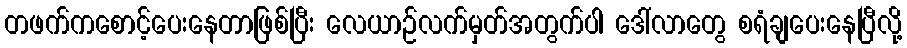
တဖက်ကစောင့်ပေးနေတာဖြစ်ပြီး လေယာဉ်လက်မှတ်အတွက်ပါ ဒေါ်လာတွေ စရံချပေးနေပြီလို့